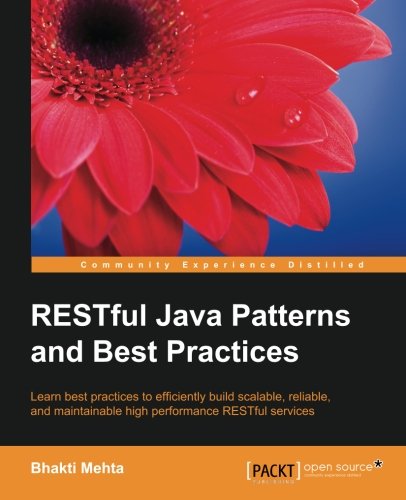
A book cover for RESTful Java Patterns and Best Practices; Bhakti Mehta; Computers & Technology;